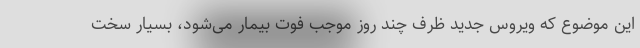
این موضوع که ویروس جدید ظرف چند روز موجب فوت بیمار می‌شود، بسیار سخت